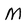
Character: M